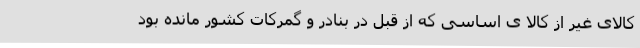
کالای غیر از کالا ی اساسی که از قبل در بنادر و گمرکات کشور مانده بود